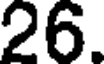
26.